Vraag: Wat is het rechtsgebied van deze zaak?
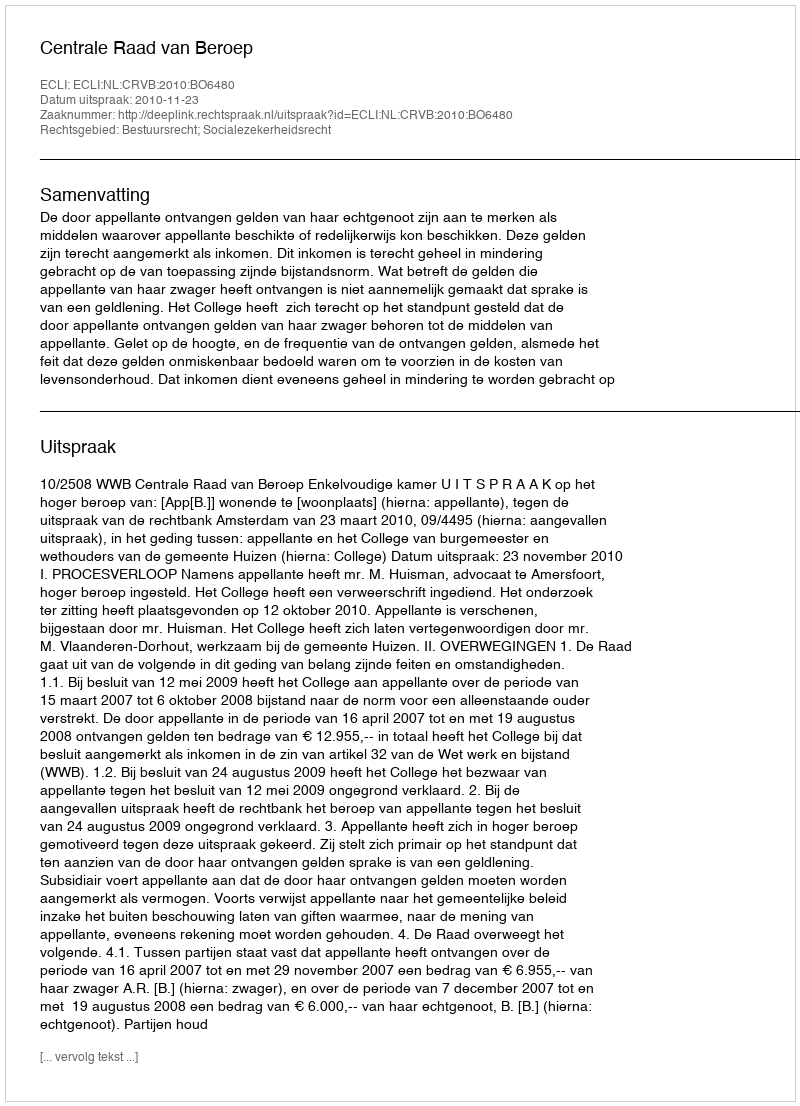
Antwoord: Bestuursrecht; Socialezekerheidsrecht